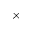
\times